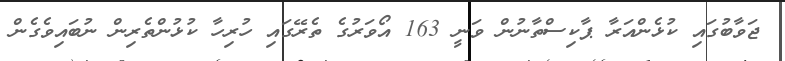
ޖަވާބުގައި ކުޅެންއަރާ ޕާކިސްތާނުން ވަނީ 163 އޯވަރުގެ ތެރޭގައި ހުރިހާ ކުޅުންތެރިން ނުބައިވެގެން